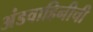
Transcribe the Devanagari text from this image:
अंडवाहिनीची